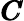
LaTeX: \pmb{C}